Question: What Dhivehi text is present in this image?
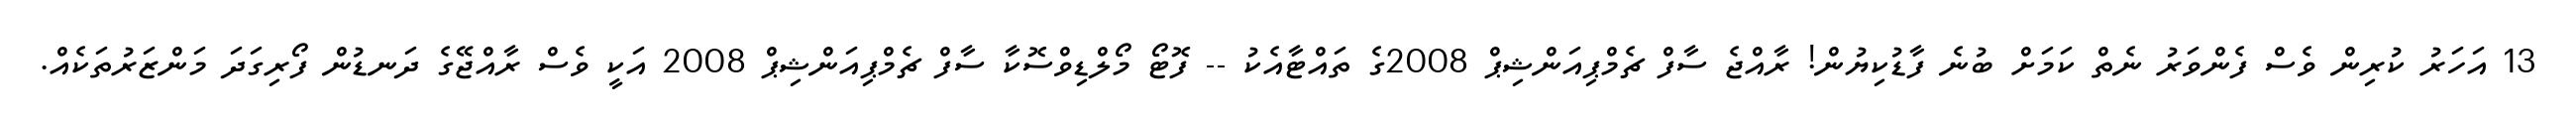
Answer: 13 އަހަރު ކުރިން ވެސް ފެންވަރު ނެތް ކަމަށް ބުނެ ފާޑުކިޔުން! ރާއްޖެ ސާފް ޗެމްޕިއަންޝިޕް 2008ގެ ތައްޓާއެކު -- ފޮޓޯ މޯލްޑިވްސޮކާ ސާފް ޗެމްޕިއަންޝިޕް 2008 އަކީ ވެސް ރާއްޖޭގެ ދަނޑުން ފޯރިގަދަ މަންޒަރުތަކެއް.